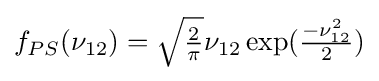
{\textstyle f_{PS}(\nu _{12})={\sqrt {2 \over \pi }}\nu _{12}\exp({-\nu _{12}^{2} \over 2})}